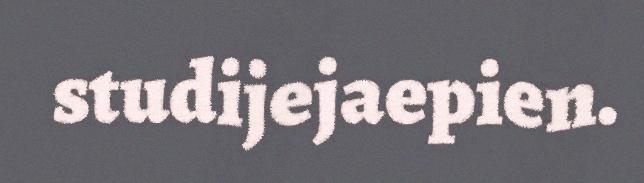
studijejaepien.